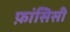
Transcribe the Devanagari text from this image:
फ़ांसिसी